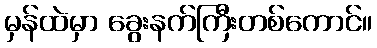
မှန်ထဲမှာ ခွေးနက်ကြီးတစ်ကောင်။